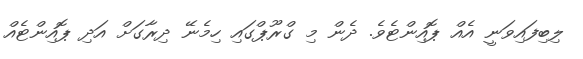
ލިބިފައިވަނީ އެއް ޕޮއިންޓެވެ. ދެން މި ގްރޫޕްގައި ހިމެނޭ ދިރާގަށް އަދި ޕޮއިންޓެއް